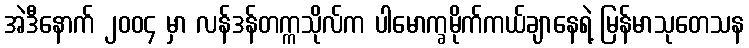
အဲဒီနောက် ၂၀၀၄ မှာ လန်ဒန်တက္ကသိုလ်က ပါမောက္ခမိုက်ကယ်ချာနေရဲ့ မြန်မာသုတေသန